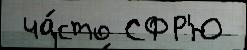
 ча́сто СФР'Ю